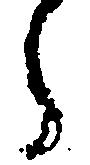
ら